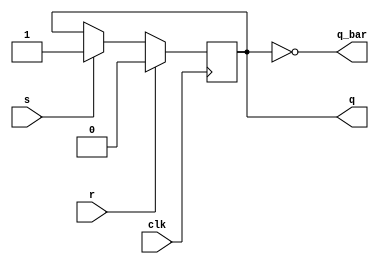
module sr_flip_flop(
    input wire clk,
    input wire s,
    input wire r,
    output reg q,
    output reg q_bar
);

reg q_temp;

always @(posedge clk) begin
    if (r) begin
        q_temp <= 0;
    end else if (s) begin
        q_temp <= 1;
    end else begin
        q_temp <= q;
    end
end

assign q = q_temp;
assign q_bar = ~q_temp;

endmodule